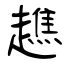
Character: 趭